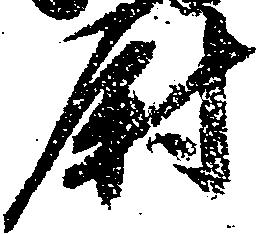
尉